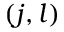
( j , l )